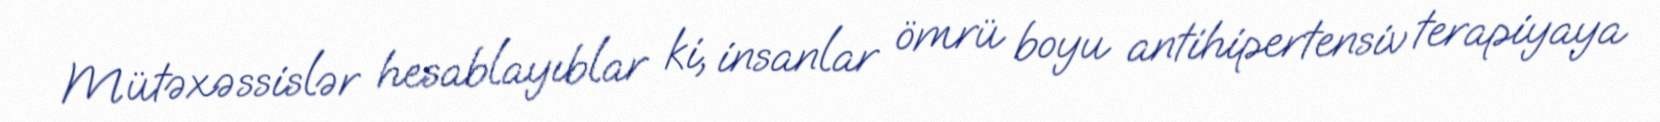
Mütəxəssislər hesablayıblar ki, insanlar ömrü boyu antihipertensiv terapiyaya